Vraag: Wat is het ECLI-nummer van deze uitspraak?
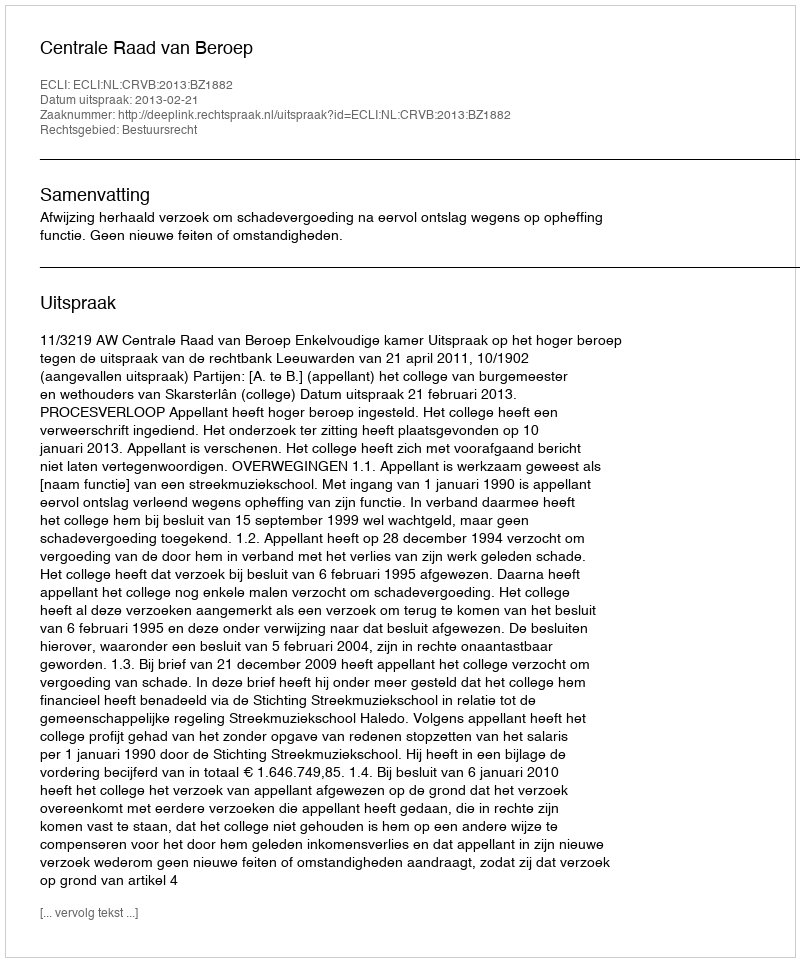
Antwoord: ECLI:NL:CRVB:2013:BZ1882